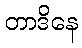
တာဒိနေ